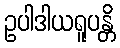
ဥပါဒါယရူပန္တိ